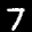
Label: 7